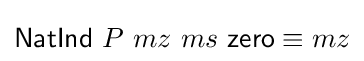
{\mathsf {NatInd}}\ P\ mz\ ms\ {\mathsf {zero}}\equiv mz